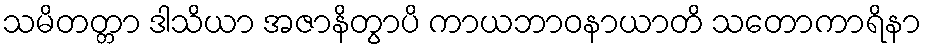
သမိတတ္တာ ဒါသိယာ အဇာနိတွာပိ ကာယဘာဝနာယာတိ သတောကာရိနာ